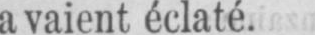
avaient éclaté.